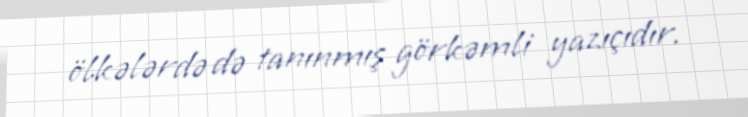
ölkələrdə də tanınmış görkəmli yazıçıdır.